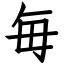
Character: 毎